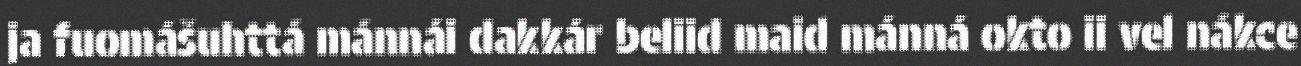
ja fuomášuhttá mánnái dakkár beliid maid mánná okto ii vel nákce